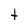
Character: t